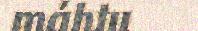
máhtu